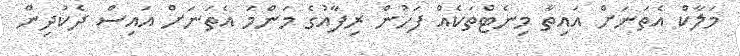
މަލާކް އެތަނަށް އައިތާ މިނެޓްތަކެއް ފަހުން ރިފާއުގެ މަންމަ އެތަނަށް އައިސް ދެކުދިން